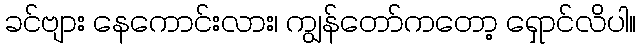
ခင်ဗျား နေကောင်းလား၊ ကျွန်တော်ကတော့ ရှောင်လိပါ။